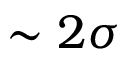
\sim 2 \sigma